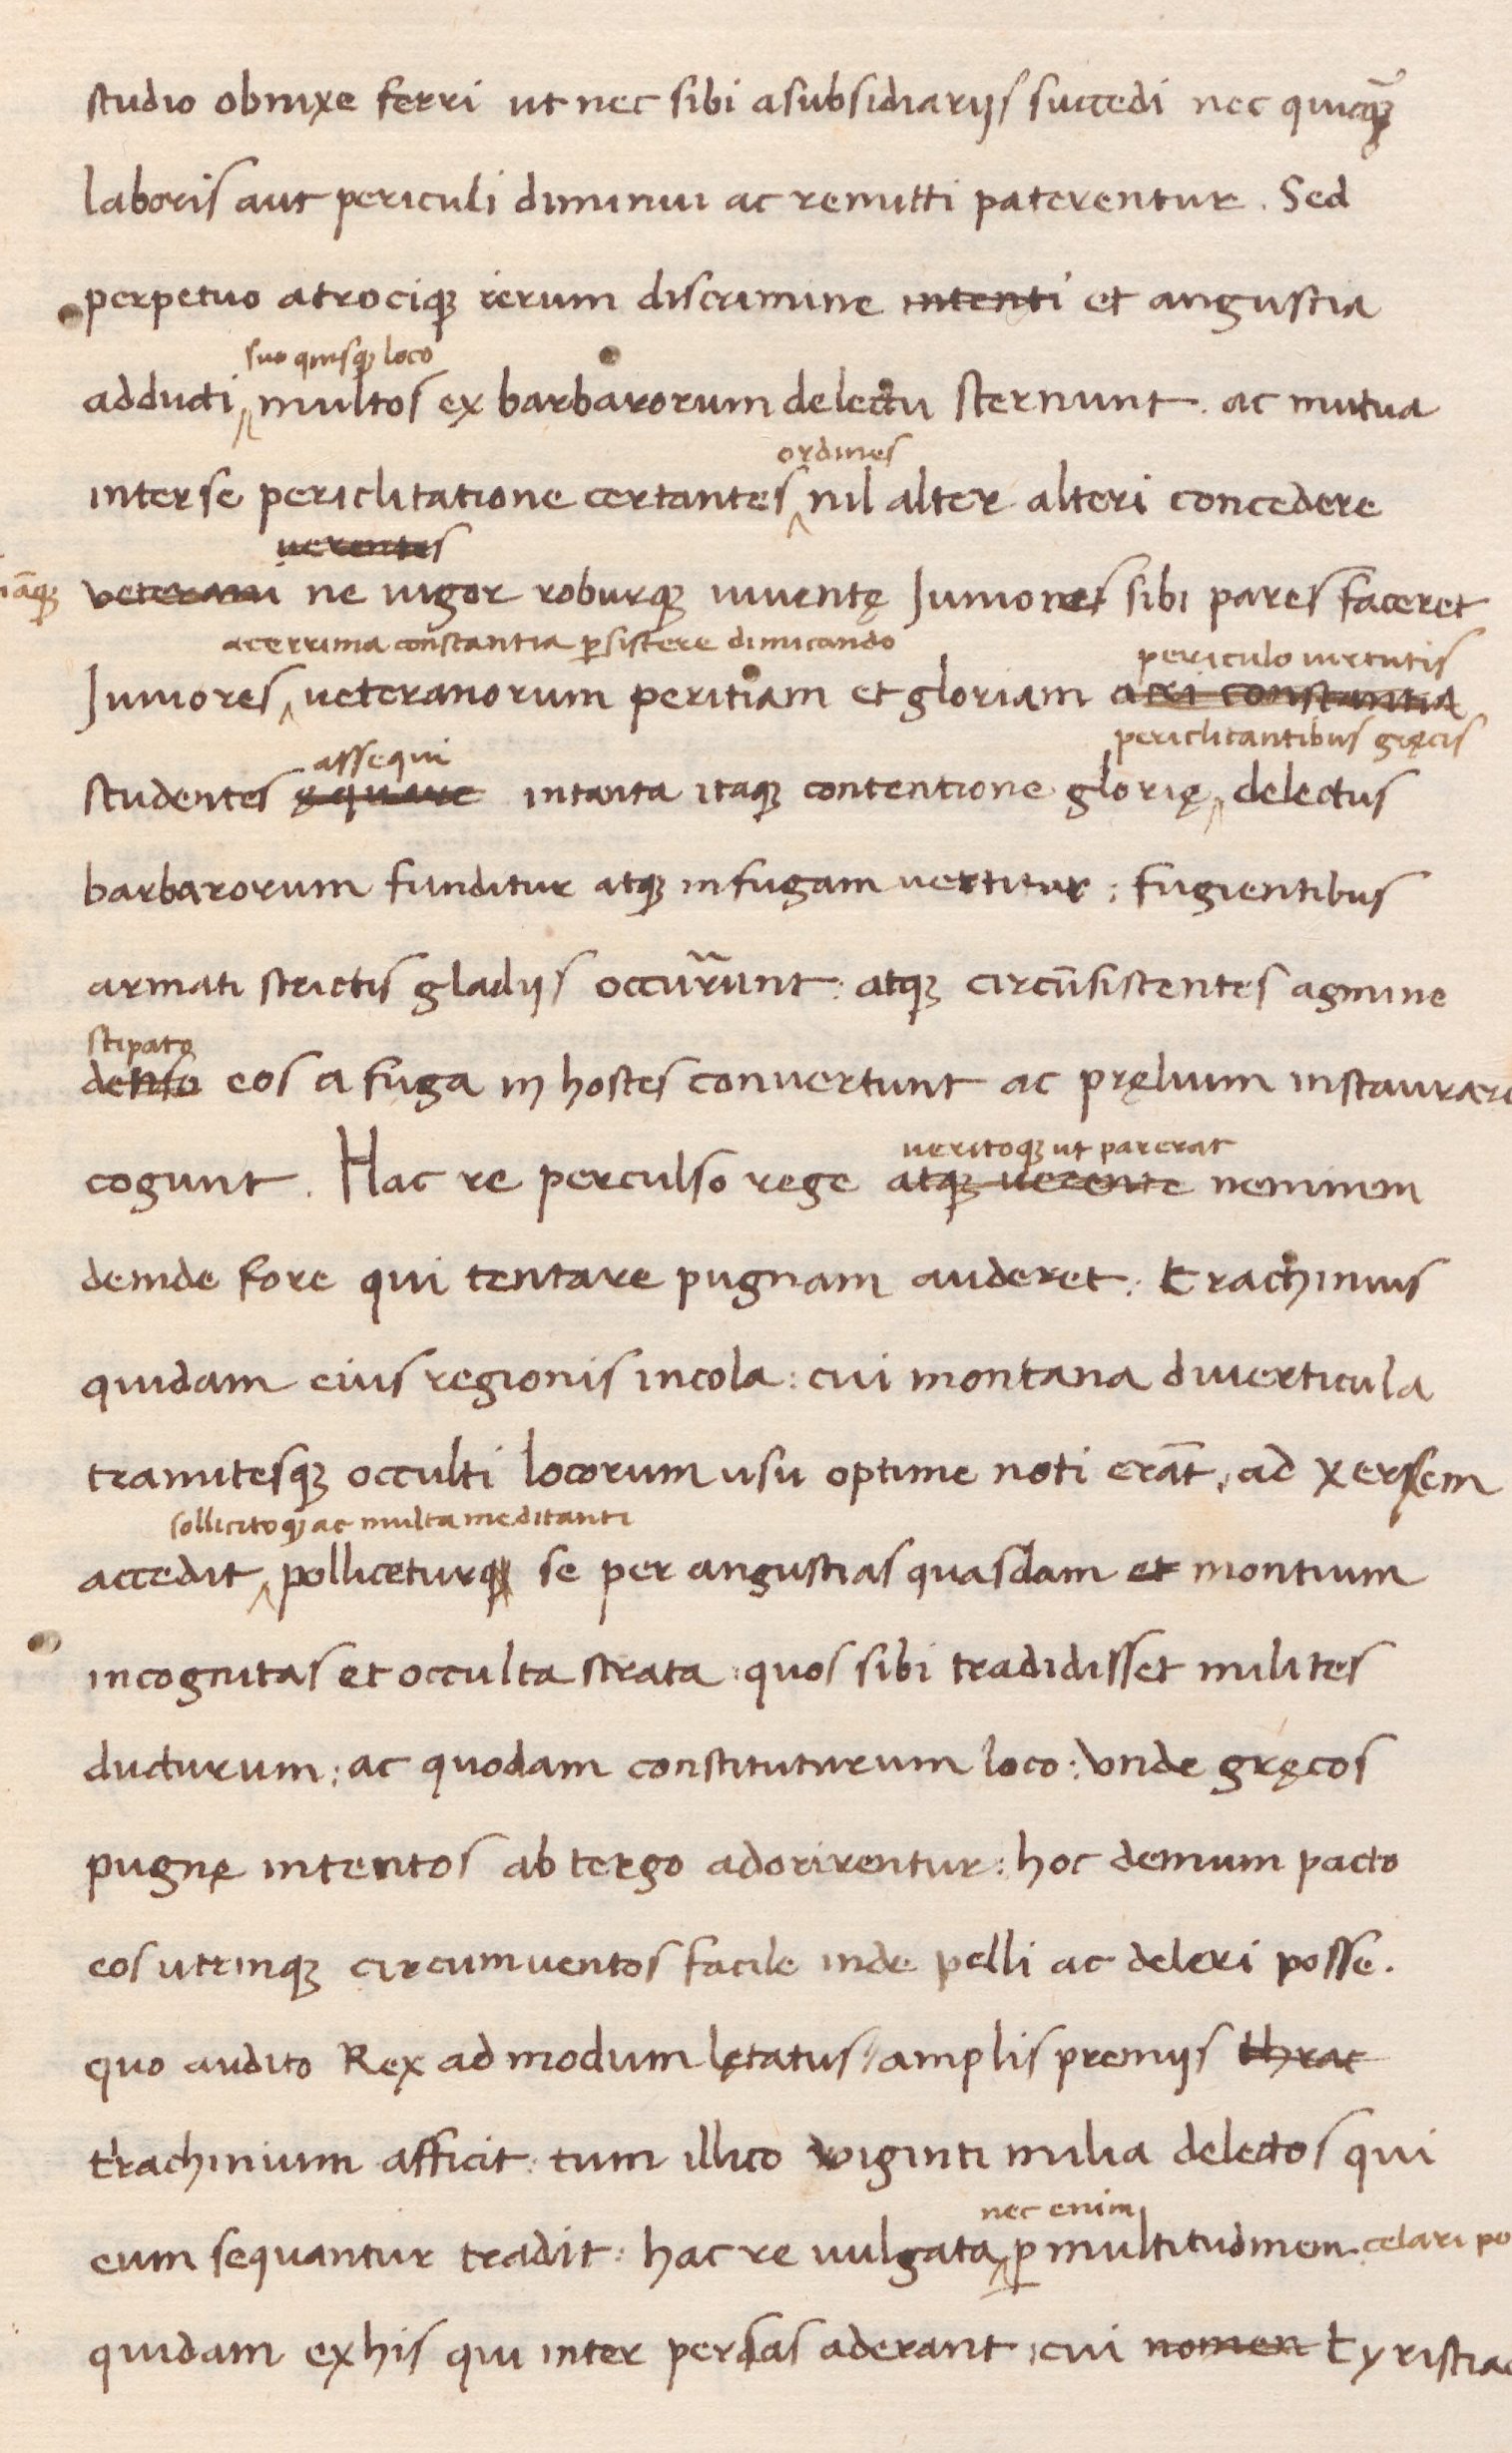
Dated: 1438–1468